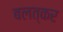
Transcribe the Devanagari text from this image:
बलत्कर